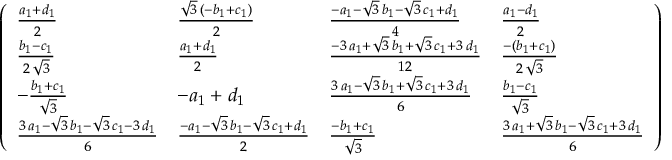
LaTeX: \left( \begin{array} { l l l l } { { { \frac { { a _ { 1 } } + { d _ { 1 } } } { 2 } } } } & { { { \frac { { \sqrt { 3 } } \, \left( - { b _ { 1 } } + { c _ { 1 } } \right) } { 2 } } } } & { { { \frac { - { a _ { 1 } } - { \sqrt { 3 } } \, { b _ { 1 } } - { \sqrt { 3 } } \, { c _ { 1 } } + { d _ { 1 } } } { 4 } } } } & { { { \frac { { a _ { 1 } } - { d _ { 1 } } } { 2 } } } } \\ { { { \frac { { b _ { 1 } } - { c _ { 1 } } } { 2 \, { \sqrt { 3 } } } } } } & { { { \frac { { a _ { 1 } } + { d _ { 1 } } } { 2 } } } } & { { { \frac { - 3 \, { a _ { 1 } } + { \sqrt { 3 } } \, { b _ { 1 } } + { \sqrt { 3 } } \, { c _ { 1 } } + 3 \, { d _ { 1 } } } { 1 2 } } } } & { { { \frac { - \left( { b _ { 1 } } + { c _ { 1 } } \right) } { 2 \, { \sqrt { 3 } } } } } } \\ { { - { \frac { { b _ { 1 } } + { c _ { 1 } } } { { \sqrt { 3 } } } } } } & { { - { a _ { 1 } } + { d _ { 1 } } } } & { { { \frac { 3 \, { a _ { 1 } } - { \sqrt { 3 } } \, { b _ { 1 } } + { \sqrt { 3 } } \, { c _ { 1 } } + 3 \, { d _ { 1 } } } { 6 } } } } & { { { \frac { { b _ { 1 } } - { c _ { 1 } } } { { \sqrt { 3 } } } } } } \\ { { { \frac { 3 \, { a _ { 1 } } - { \sqrt { 3 } } \, { b _ { 1 } } - { \sqrt { 3 } } \, { c _ { 1 } } - 3 \, { d _ { 1 } } } { 6 } } } } & { { { \frac { - { a _ { 1 } } - { \sqrt { 3 } } \, { b _ { 1 } } - { \sqrt { 3 } } \, { c _ { 1 } } + { d _ { 1 } } } { 2 } } } } & { { { \frac { - { b _ { 1 } } + { c _ { 1 } } } { { \sqrt { 3 } } } } } } & { { { \frac { 3 \, { a _ { 1 } } + { \sqrt { 3 } } \, { b _ { 1 } } - { \sqrt { 3 } } \, { c _ { 1 } } + 3 \, { d _ { 1 } } } { 6 } } } } \end{array} \right) ~ ,